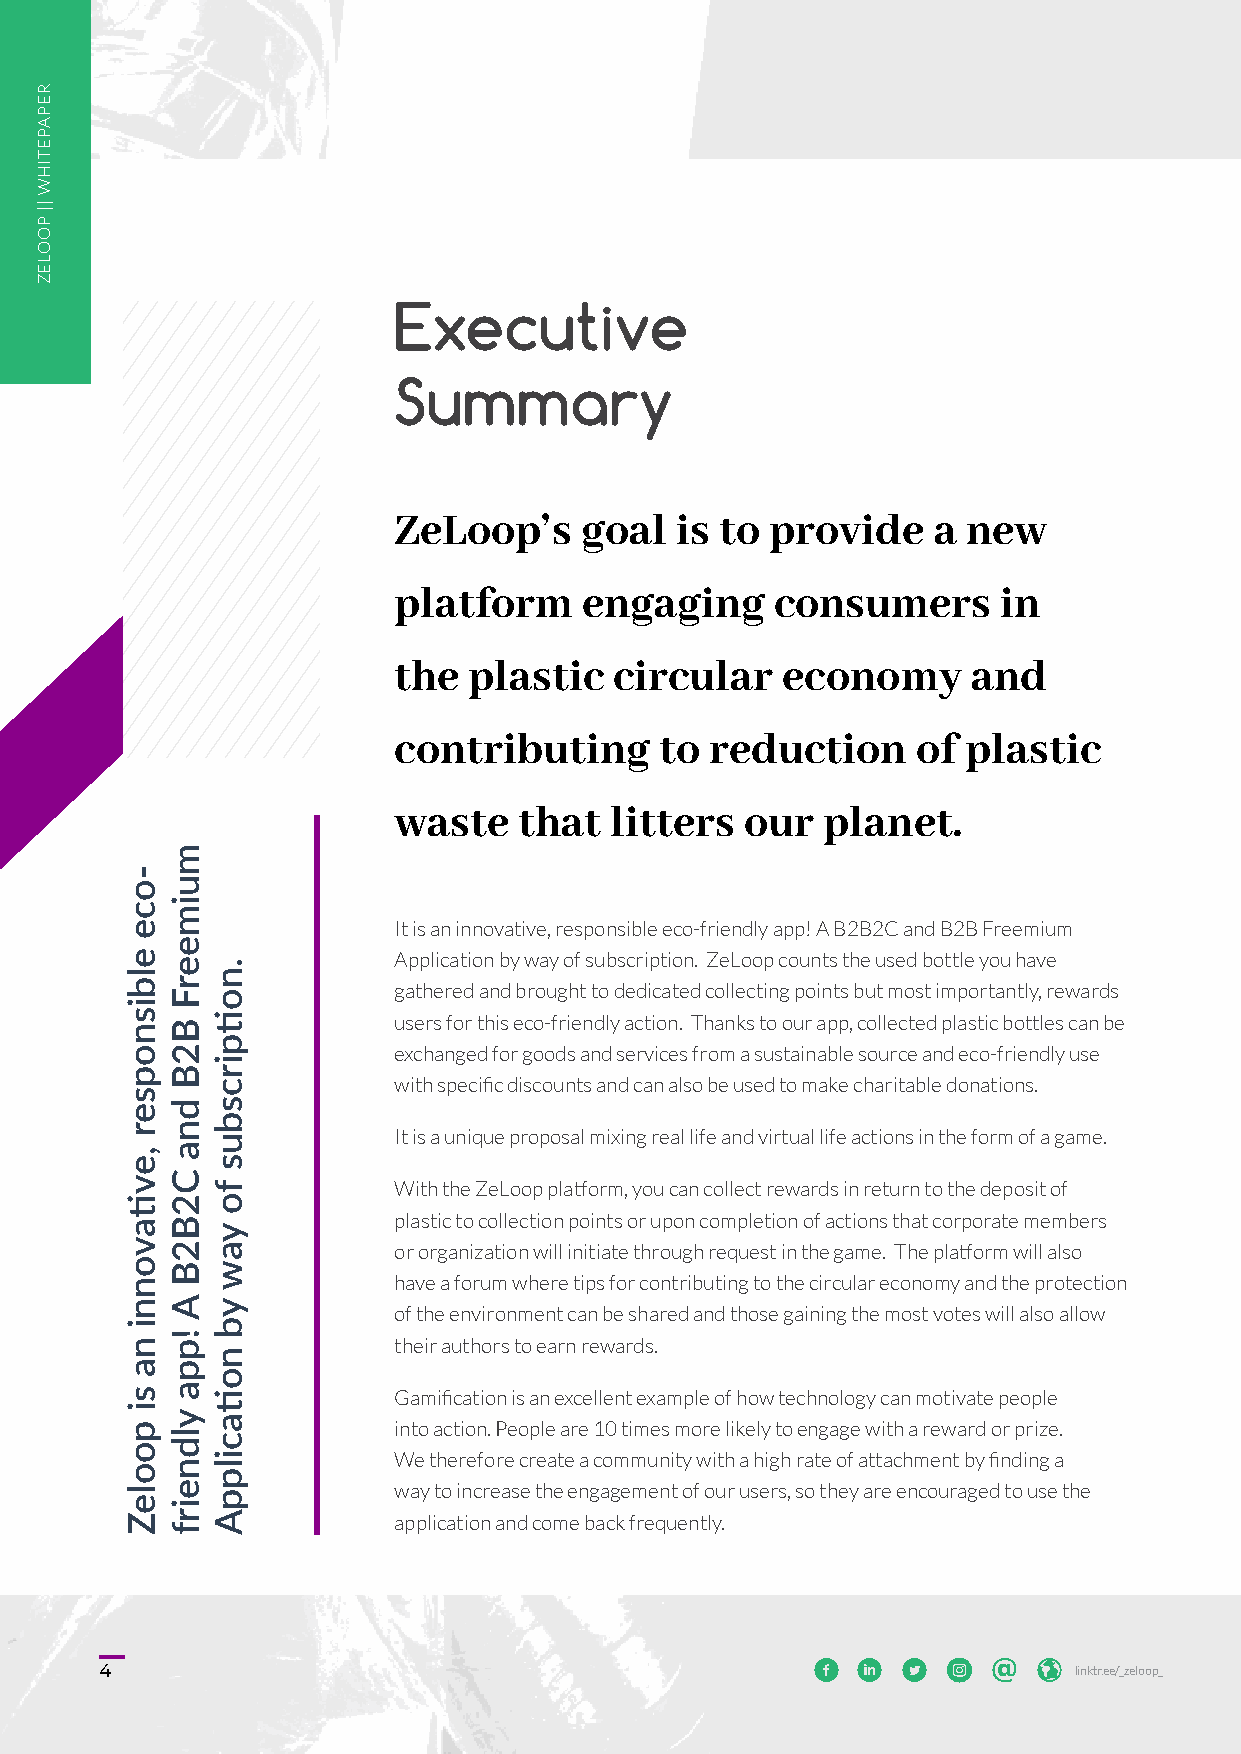
Executive
 Summary
 ZeLoop’s    goal   is to provide    a new
 platform     engaging    consumers      in
 the  plastic   circular   economy     and
 contributing      to reduction     of plastic
 waste   that  litters  our  planet.
 It is an innovative, responsible eco-friendly app! A B2B2C and B2B Freemium
 Application by way of subscription. ZeLoop counts the used bottle you have
 gathered and brought to dedicated collecting points but most importantly, rewards
 users for this eco-friendly action. Thanks to our app, collected plastic bottles can be
 exchanged for goods and services from a sustainable source and eco-friendly use
 with specific discounts and can also be used to make charitable donations.
 It is a unique proposal mixing real life and virtual life actions in the form of a game.
 With the ZeLoop platform, you can collect rewards in return to the deposit of
 plastic to collection points or upon completion of actions that corporate members
 or organization will initiate through request in the game. The platform will also
 have a forum where tips for contributing to the circular economy and the protection
 of the environment can be shared and those gaining the most votes will also allow
 their authors to earn rewards.
 Gamification is an excellent example of how technology can motivate people
 into action. People are 10 times more likely to engage with a reward or prize.
 We therefore create a community with a high rate of attachment by finding a
 way to increase the engagement of our users, so they are encouraged to use the
 application and come back frequently.
 4 4                                                        l li in nk kt tr r. .e ee e/ /_ _z ze el lo oo op p_ _
 RREEPPAAPPEETTIIHHWW
 ||||
 PPOOOOLLEEZZ
 -oce
 elbisnopser
 ,evtiavonni
 na
 si
 pooleZ
 muimeerF
 B2B
 dna
 C2B2B
 A
 !ppa
 yldneirf
 .notipircsbus
 fo
 yaw
 yb
 notiacilppA